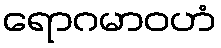
ရောဂမာဝဟံ